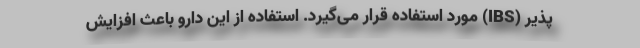
پذیر (IBS) مورد استفاده قرار می‌گیرد. استفاده از این دارو باعث افزايش